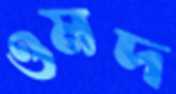
ওমদ